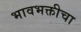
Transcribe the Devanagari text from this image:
भावभक्तीचा